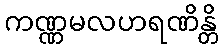
ကဏ္ဏမလဟရဏိန္တိ